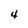
Character: 4